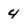
Character: 4